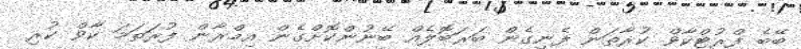
ބޭބެ ފްރުޓްކާވް ކުރާތަން ފެނިގެން ބަރަބޮލެއް ބޭނުންކޮށްގެން އިމްރާން ފުރަތަމަ ކާވް ކުރި